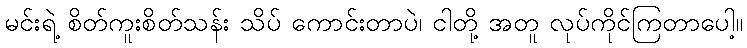
မင်းရဲ့ စိတ်ကူးစိတ်သန်း သိပ် ကောင်းတာပဲ၊ ငါတို့ အတူ လုပ်ကိုင်ကြတာပေါ့။